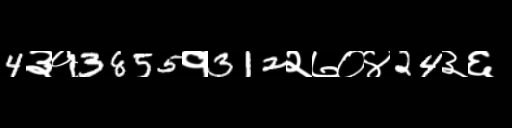
Text: 4३१3855१312२७०४24३६